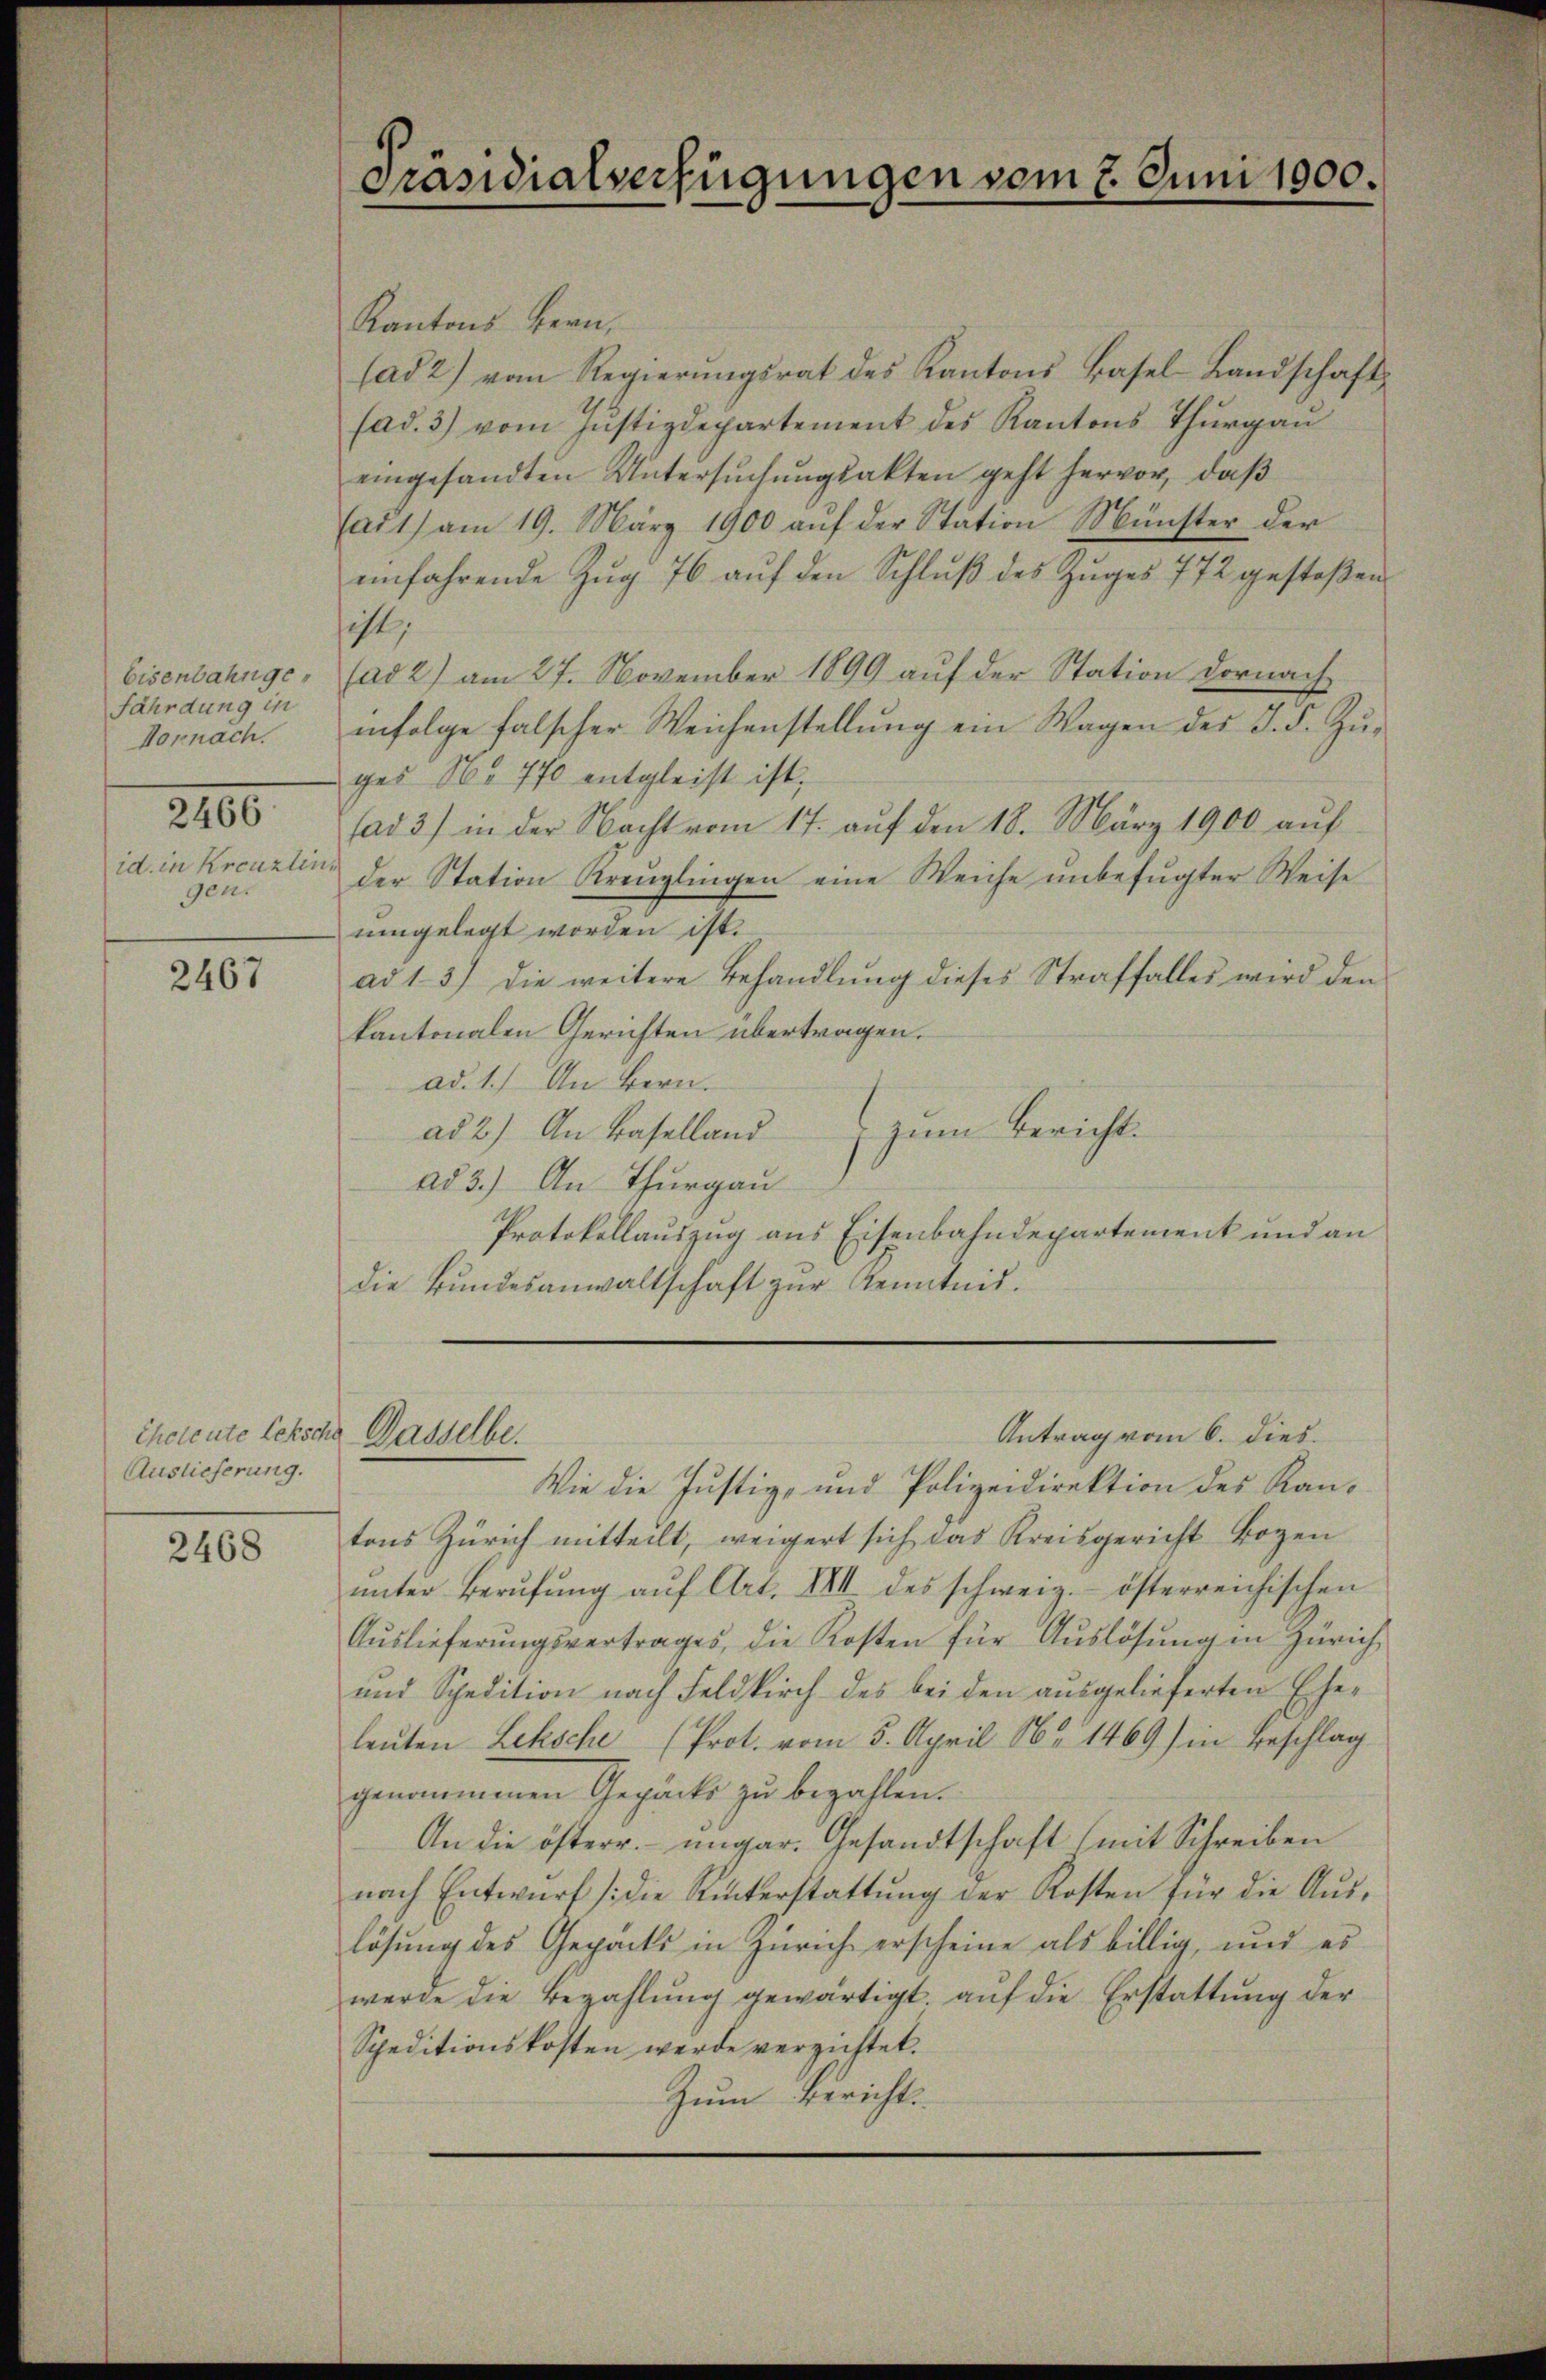
Eisenbahngefährdung in
Hornach.
2466
id. in Kreuzlin,
gen.

2467

Auslieferung.

2468

Kantons Bern,
(ad 2) vom Regierŭngsrat des Kantons Basel-Landschaft
(ad. 3) vom Jŭstizdepartement des Kantons Thŭrgaŭ
eingesandten Untersŭchŭngsakten geht hervor, daβ
(ad 1) am 19. März 1900 aŭf der Station Münster der
einfahrende Zŭg 76 auf den Schluß des Zuges 772 gestoßen
ist,
(ad 2) am 27. November 1899 auf der Station dornach
infolge falscher Weichenstellung ein Wagen des J. F. Zuges No 770 entgleist ist,
fad 3) in der Nacht vom 17. aŭf den 18. März 1900 aŭf
der Station Kreuzlingen eine Weiche unbefugter Weise
uingelegt worden ist.
ad 1. 3) die weitere Behandlung dieses Straffalles wird den
kantonalen Gerichten übertragen.
ad. 1.) An Bern.
ad 2.) An Baselland
zum Bericht.
ad 3.) An Thurgau
Protokollauszug aus Eisenbahndepartement und an
die Bŭndesanwaltschaft zŭr Kenntnis.

cheleute letsche Dasselbe.

Präsidialverfügungen vom 2. Juni 1900.

Wie die Justiz- und Polizeidirektion des Kan-
tons Zürich mitteilt, weigert sich das Kreisgericht Bozen
ŭnter Berŭfŭng aŭf Art. XIII des schweiz. österreichischen
Aŭslieferŭngsvertrages, die Kosten für Aŭslösung in Zürich
und Spedition nach Feldkirch des bei den ausgelieferten Eheleuten Lehsche (Prot. vom 5. April 184. 1469) in Beschlag
genommenen Gepäcks zu bezahlen.
An die österr. ungar. Gesandtschaft (mit Schreiben
nach Entwŭrf die Rückerstattŭng der Kosten für die Aŭs-
lösung des Gepäcks in Zürich erscheine als billig, und es
werde die Bezahlŭng gewärtigt, aŭf die Erstattung der
Speditionskosten werde verzichtet.
Zum Bericht

Antrag vom 6. dies